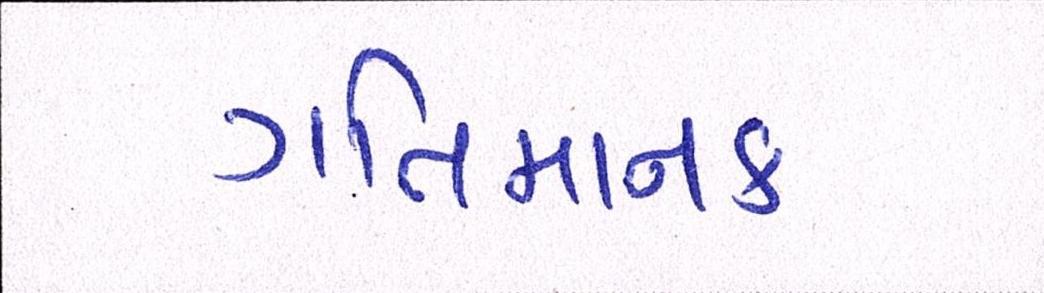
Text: ગતિમાનક